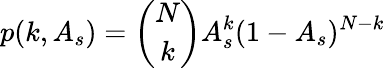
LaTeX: p(k,A_{s})={\binom{N}{k}}A_{s}^{k}(1-A_{s})^{N-k}